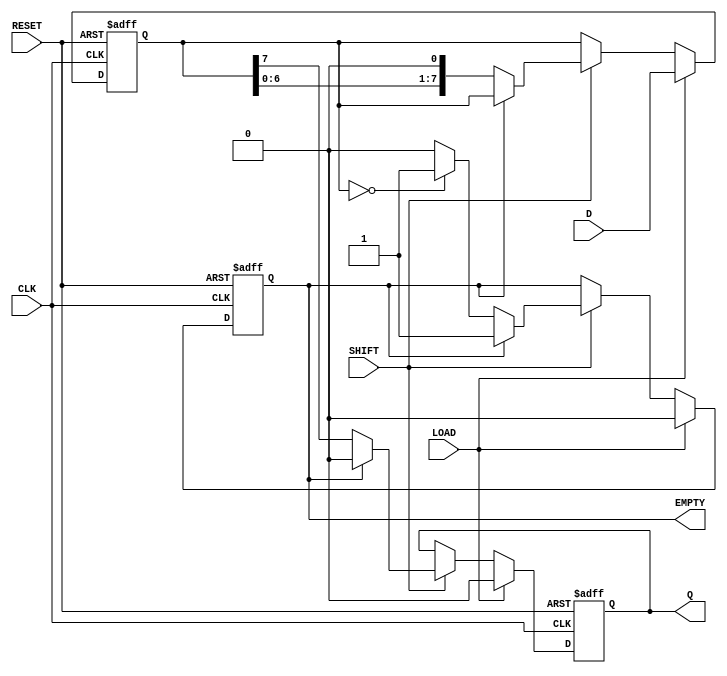
module PISO_Register #(
    parameter N = 8  // Parameter for the width of the register
)(
    input wire [N-1:0] D,      // Parallel data input
    input wire LOAD,            // Load signal
    input wire CLK,             // Clock signal
    input wire SHIFT,           // Shift signal
    input wire RESET,           // Reset signal
    output reg Q,               // Serial output
    output reg EMPTY            // Empty signal
);

    reg [N-1:0] SR;             // Shift register

    always @(posedge CLK or posedge RESET) begin
        if (RESET) begin
            SR <= {N{1'b0}};     // Clear the shift register
            Q <= 1'b0;          // Clear the serial output
            EMPTY <= 1'b1;      // Register is empty
        end else begin
            if (LOAD) begin
                SR <= D;         // Load parallel data into the shift register
                Q <= 1'b0;       // Reset serial output
                EMPTY <= 1'b0;   // Register is not empty
            end else if (SHIFT) begin
                if (EMPTY) begin
                    Q <= 1'b0;     // If empty, output 0
                end else begin
                    Q <= SR[N-1];  // Output the MSB (or LSB based on design)
                    SR <= {SR[N-2:0], 1'b0}; // Shift right (or left)
                    if (SR == 1'b0) begin
                        EMPTY <= 1'b1; // Set EMPTY if all bits have been shifted out
                    end
                end
            end
        end
    end

endmodule